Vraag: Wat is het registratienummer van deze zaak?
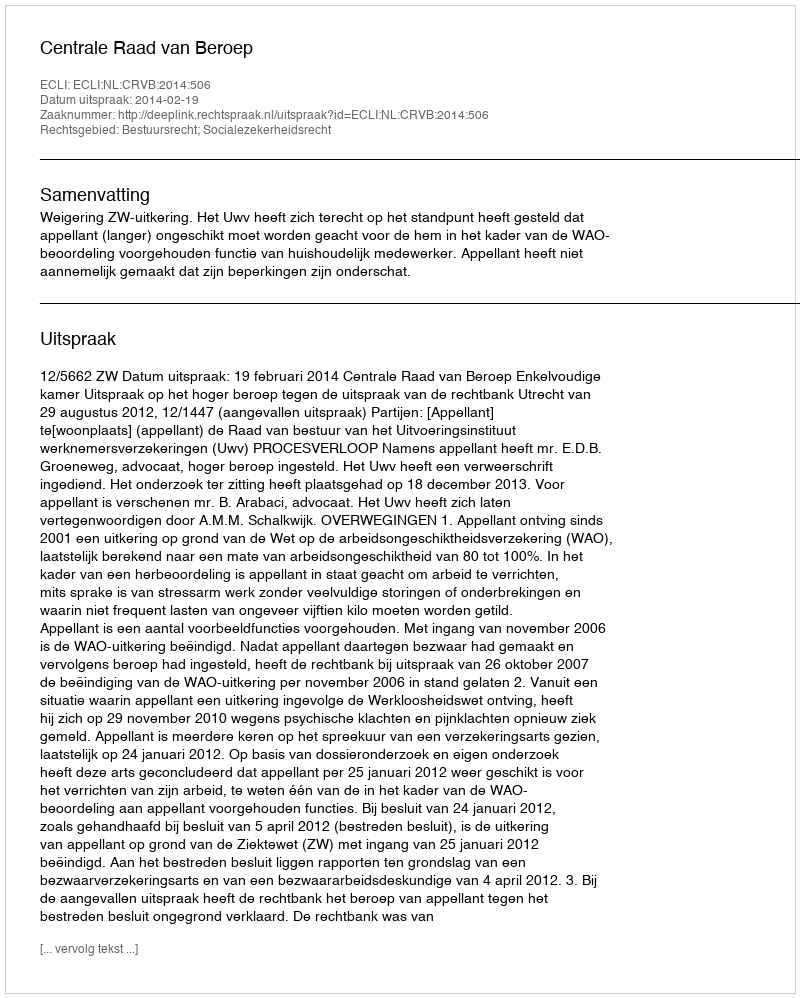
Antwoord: http://deeplink.rechtspraak.nl/uitspraak?id=ECLI:NL:CRVB:2014:506